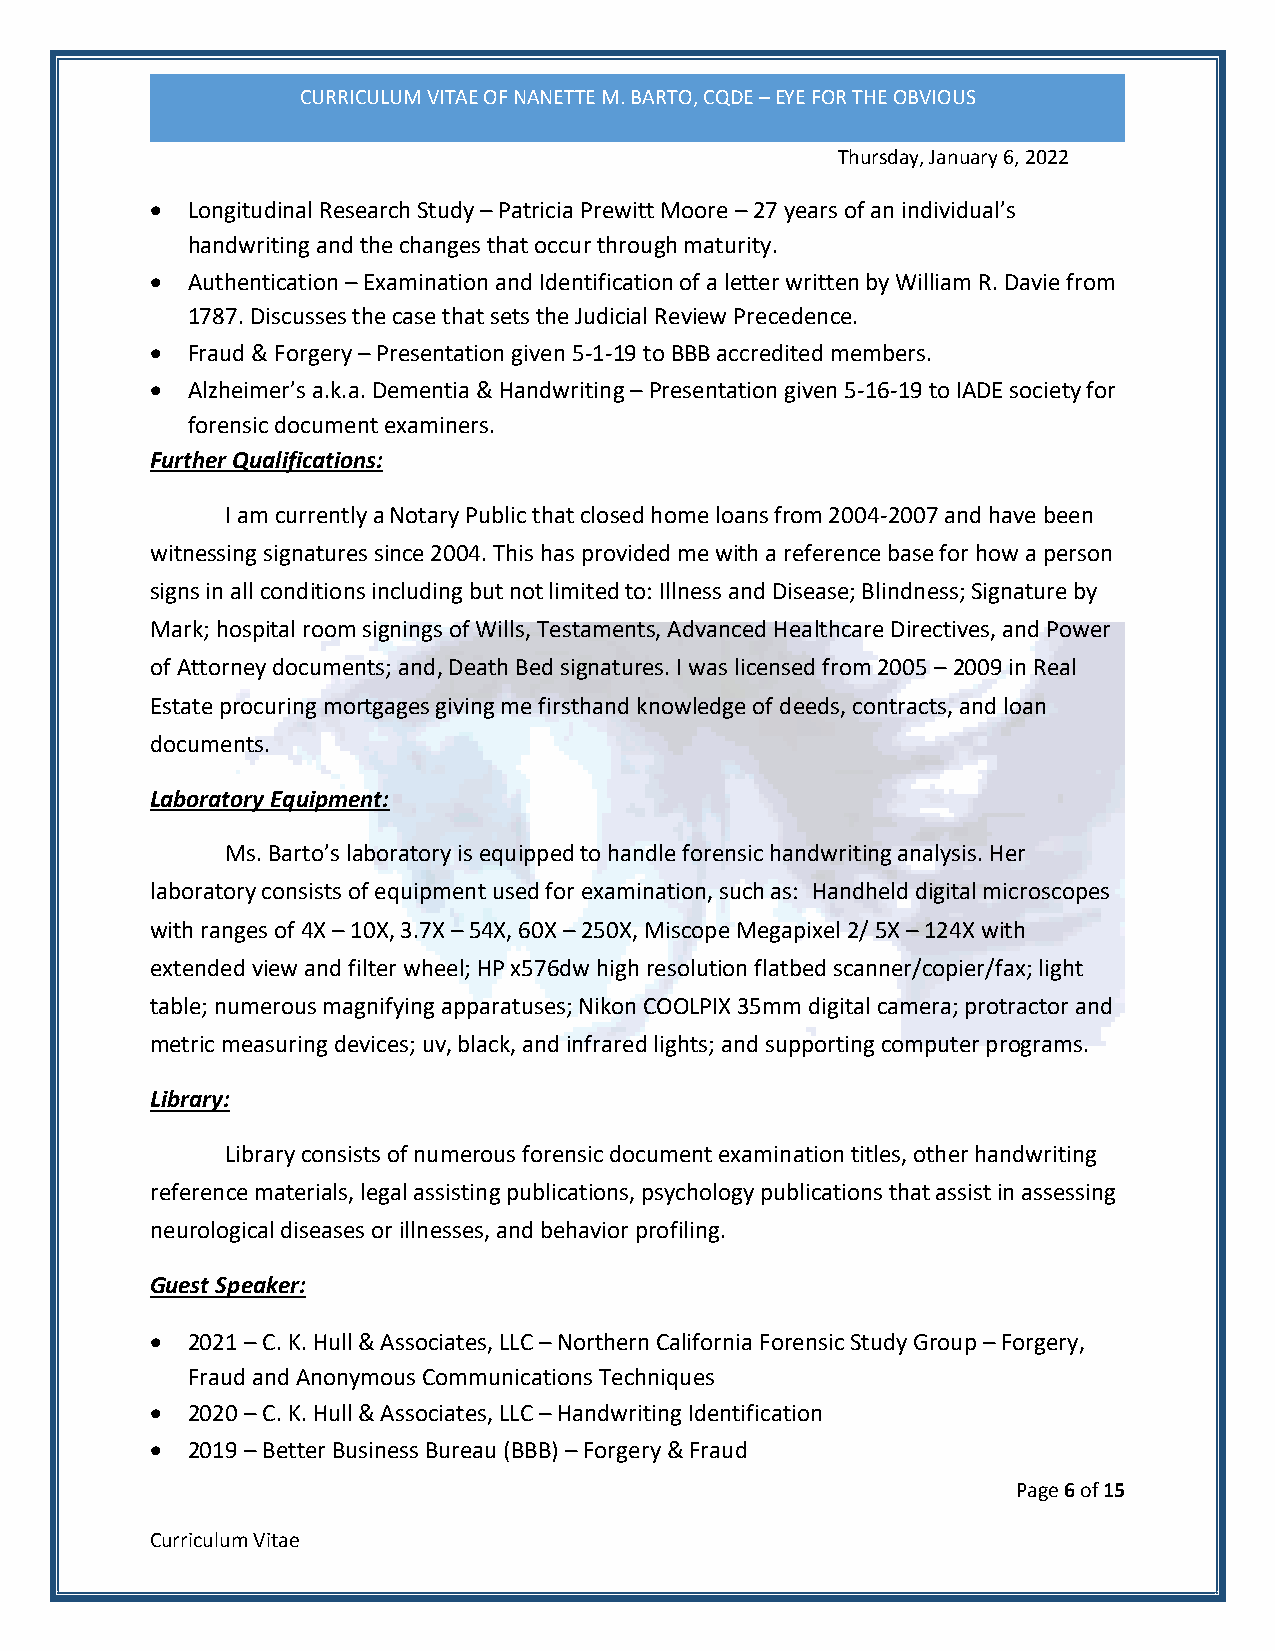
CURRICULUM VITAE OF NANETTE M. BARTO, CQDE – EYE FOR THE OBVIOUS
 Thursday, January 6, 2022
 • Longitudinal Research Study – Patricia Prewitt Moore – 27 years of an individual’s
 handwriting and the changes that occur through maturity.
 • Authentication – Examination and Identification of a letter written by William R. Davie from
 1787. Discusses the case that sets the Judicial Review Precedence.
 • Fraud & Forgery – Presentation given 5-1-19 to BBB accredited members.
 • Alzheimer’s a.k.a. Dementia & Handwriting – Presentation given 5-16-19 to IADE society for
 forensic document examiners.
 Further Qualifications:
 I am currently a Notary Public that closed home loans from 2004-2007 and have been
 witnessing signatures since 2004. This has provided me with a reference base for how a person
 signs in all conditions including but not limited to: Illness and Disease; Blindness; Signature by
 Mark; hospital room signings of Wills, Testaments, Advanced Healthcare Directives, and Power
 of Attorney documents; and, Death Bed signatures. I was licensed from 2005 – 2009 in Real
 Estate procuring mortgages giving me firsthand knowledge of deeds, contracts, and loan
 documents.
 Laboratory Equipment:
 Ms. Barto’s laboratory is equipped to handle forensic handwriting analysis. Her
 laboratory consists of equipment used for examination, such as: Handheld digital microscopes
 with ranges of 4X – 10X, 3.7X – 54X, 60X – 250X, Miscope Megapixel 2/ 5X – 124X with
 extended view and filter wheel; HP x576dw high resolution flatbed scanner/copier/fax; light
 table; numerous magnifying apparatuses; Nikon COOLPIX 35mm digital camera; protractor and
 metric measuring devices; uv, black, and infrared lights; and supporting computer programs.
 Library:
 Library consists of numerous forensic document examination titles, other handwriting
 reference materials, legal assisting publications, psychology publications that assist in assessing
 neurological diseases or illnesses, and behavior profiling.
 Guest Speaker:
 • 2021 – C. K. Hull & Associates, LLC – Northern California Forensic Study Group – Forgery,
 Fraud and Anonymous Communications Techniques
 • 2020 – C. K. Hull & Associates, LLC – Handwriting Identification
 • 2019 – Better Business Bureau (BBB) – Forgery & Fraud
 Page 6 of 15
 Curriculum Vitae